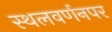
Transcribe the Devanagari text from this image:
स्थलवर्णनपर